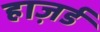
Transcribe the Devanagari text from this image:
हाज़र्ड